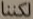
لكننا